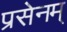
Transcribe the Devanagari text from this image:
प्रसेनम्‌